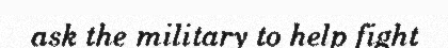
ask the military to help fight